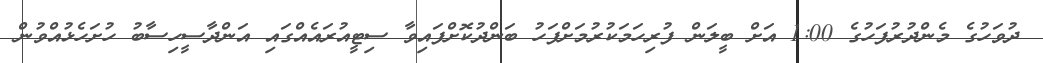
ދުވަހުގެ މެންދުރުފަހުގެ 1:00 އަށް ބީލަން ފުރިހަމަކުރުމަށްފަހު ބަންދުކޮށްފައިވާ ސިޓީއުރައެއްގައި އަންދާސީހިސާބު ހުށަހެޅުއްވުން